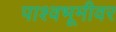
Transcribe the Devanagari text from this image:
पाश्वभूमीवर